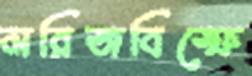
মরিজবিস্ফে